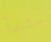
ستبدأ